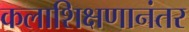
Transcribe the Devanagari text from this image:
कलाशिक्षणानंतर